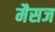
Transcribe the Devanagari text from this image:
मैसज